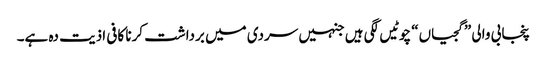
پنجابی والی ”گجیاں“ چوٹیں لگی ہیں جنہیں سردی میں برداشت کرنا کافی اذیت دہ ہے۔